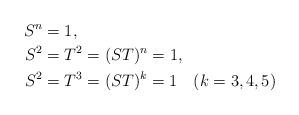
LaTeX: \begin{align*}S^n&=1, \\S^2&=T^2=(ST)^n=1, \\S^2&=T^3=(ST)^k=1\quad(k=3,4,5) \end{align*}